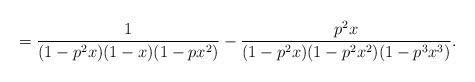
LaTeX: \begin{align*}= \frac{1}{(1-p^2x)(1-x)(1-px^2)} - \frac{p^2x}{(1-p^2x)(1-p^2x^2)(1-p^3x^3)}.\end{align*}